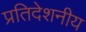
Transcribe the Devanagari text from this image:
प्रतिदेशनीय